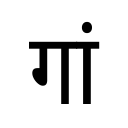
OCR:
गां